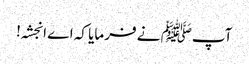
آپﷺ نے فرمایا کہ اے انجشہ!